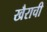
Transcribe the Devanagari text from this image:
खैराची